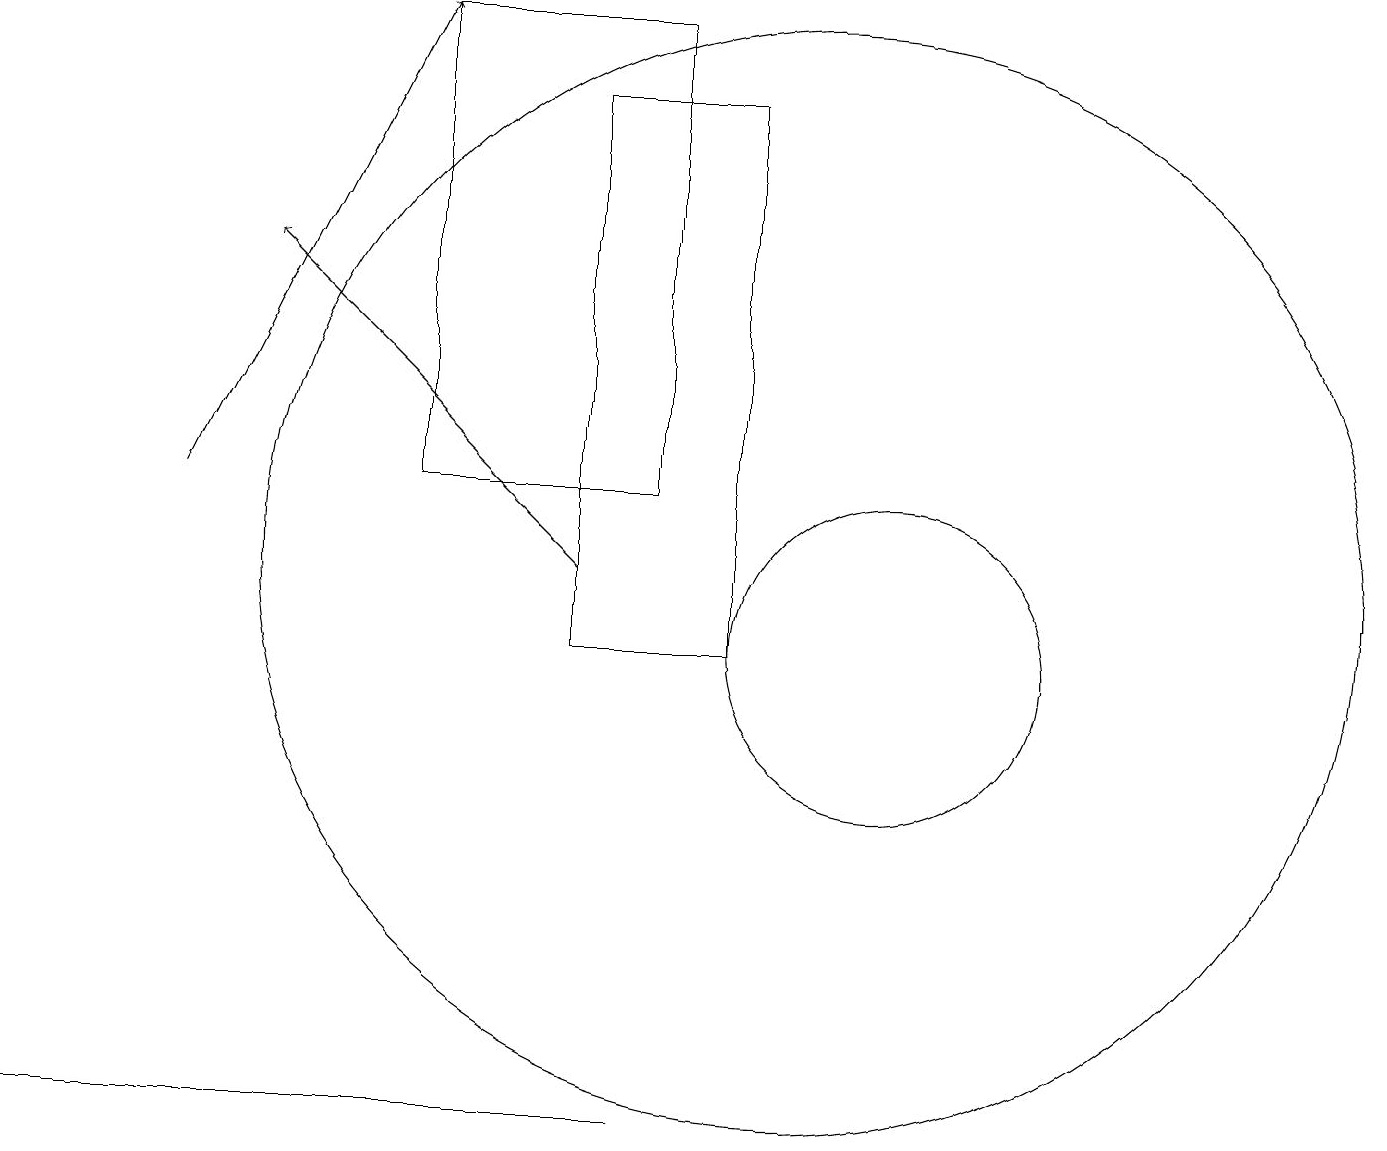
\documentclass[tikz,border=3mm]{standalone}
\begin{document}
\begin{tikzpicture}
\draw (9,11) rectangle (7,18);
\draw (11,11) circle (2);
\draw[->] (7,12) -- (3,16);
\draw (8,13) rectangle (5,19);
\draw (0,5) -- (8,5) -- (1,5) -- cycle;
\draw (10,12) circle (7);
\draw[->] (2,13) -- (5,19);
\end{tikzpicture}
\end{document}